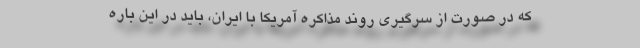
که در صورت از سرگیری روند مذاکره آمریکا با ایران، باید در این باره